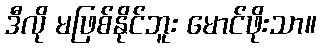
ဒီလို မဖြစ်နိုင်ဘူး မောင်ဖိုးသာ။